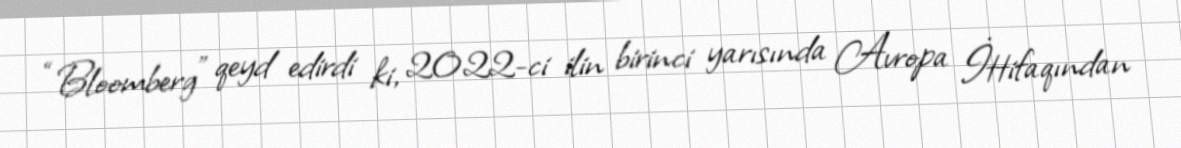
“Bloomberg” qeyd edirdi ki, 2022-ci ilin birinci yarısında Avropa İttifaqından